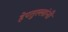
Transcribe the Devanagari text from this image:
हेपतुल्लांनी